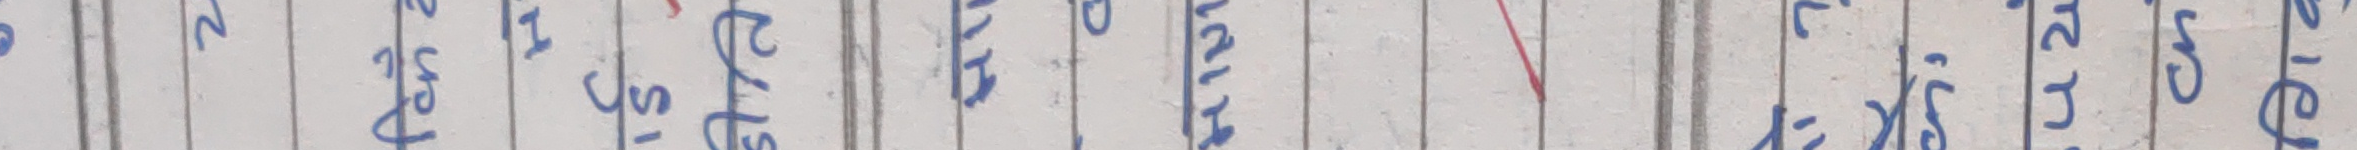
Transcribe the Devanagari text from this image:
अ न ब भ प क र ध त च म स ह ल